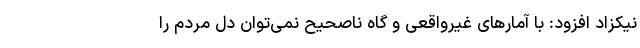
نیکزاد افزود: با آمارهای غیرواقعی و گاه ناصحیح نمی‌توان دل مردم را